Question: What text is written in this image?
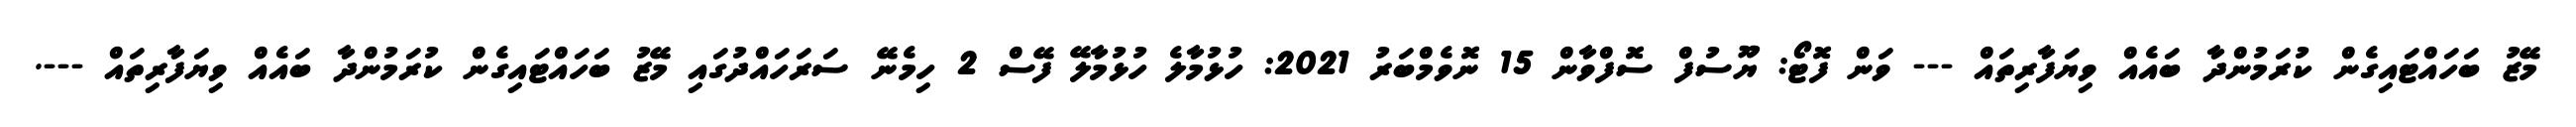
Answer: މޭޒު ބަހައްޓައިގެން ކުރަމުންދާ ބައެއް ވިޔަފާރިތައް --- ވަން ފޮޓޯ: ޔޫސުފް ސޮފްވާން 15 ނޮވެމްބަރު 2021: ހުޅުމާލެ ހުޅުމާލޭ ފޭސް 2 ހިމެނޭ ސަރަހައްދުގައި މޭޒު ބަހައްޓައިގެން ކުރަމުންދާ ބައެއް ވިޔަފާރިތައް ---.